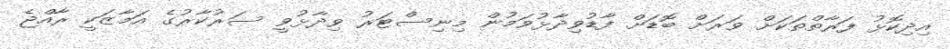
އިދިކޮޅު ފަރާތްތަކަށް ވަރަށް ބޮޑަށް ފާޑުވިދާޅުވަމުން މިނިސްޓަރު ވިދާޅުވީ ސަރުކާރުގެ އަމާޒަކީ ރާއްޖެ